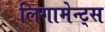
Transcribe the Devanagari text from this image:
लिगामेन्ट्स